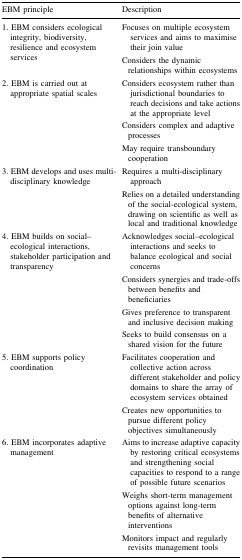
| EBM principle | Description |
 | --- | --- |
 | 1. EBM considers ecological integrity, biodiversity, resilience and ecosystem services | Focuses on multiple ecosystem services and aims to maximise their join valueConsiders the dynamic relationships within ecosystems |
 | 2. EBM is carried out at appropriate spatial scales | Considers ecosystem rather than jurisdictional boundaries to reach decisions and take actions at the appropriate levelConsiders complex and adaptive processesMay require transboundary cooperation |
 | 3. EBM develops and uses multi-disciplinary knowledge | Requires a multi-disciplinary approachRelies on a detailed understanding of the social-ecological system, drawing on scientific as well as local and traditional knowledge |
 | 4. EBM builds on social–ecological interactions, stakeholder participation and transparency | Acknowledges social–ecological interactions and seeks to balance ecological and social concernsConsiders synergies and trade-offs between benefits and beneficiariesGives preference to transparent and inclusive decision makingSeeks to build consensus on a shared vision for the future |
 | 5. EBM supports policy coordination | Facilitates cooperation and collective action across different stakeholder and policy domains to share the array of ecosystem services obtainedCreates new opportunities to pursue different policy objectives simultaneously |
 | 6. EBM incorporates adaptive management | Aims to increase adaptive capacity by restoring critical ecosystems and strengthening social capacities to respond to a range of possible future scenariosWeighs short-term management options against long-term benefits of alternative interventionsMonitors impact and regularly revisits management tools |